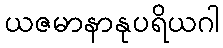
ယဇမာနာနုပရိယဂါ